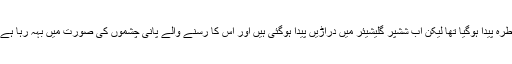
ایک ماہ قبل گلیشیئر کے پھٹنے اورٹھنڈے پانی کے سیلاب کا خطرہ پیدا ہوگیا تھا لیکن اب ششپر گلیشیئر میں دراڑیں پیدا ہوگئی ہیں اور اس کا رسنے والے پانی چشموں کی صورت میں بہہ رہا ہے جس کی وجہ سے گلیشیئر کے اندر بننے والا دباؤ کم ہوگیا ہے۔